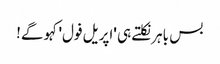
بس باہر نکلتے ہی 'اپریل فول' کہو گے!